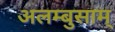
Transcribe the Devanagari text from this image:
अलम्बुसाम्